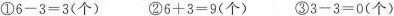
①6-3=3(个)②6+3=9(个)③3-3=0(个)